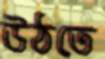
উঠতে